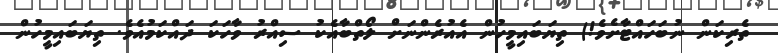
ތެރިކަން ނުބަހައްޓާށެވެ!) ތިޔަބައިމީހުން އެއުރެންނަށް ލޯތްބާއެކު ސިއްރު ވާހަކަ ދައްކަމުއެވެ. ތިޔަބައިމީހުން